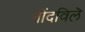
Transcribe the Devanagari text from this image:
नोंदविलॆ